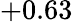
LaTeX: +0.63